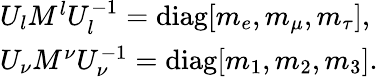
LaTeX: \begin{array}{l}{{U_{l}M^{l}U_{l}^{-1}=\mathrm{diag}[m_{e},m_{\mu},m_{\tau}],}}\\ {{U_{\nu}M^{\nu}U_{\nu}^{-1}=\mathrm{diag}[m_{1},m_{2},m_{3}].}}\end{array}